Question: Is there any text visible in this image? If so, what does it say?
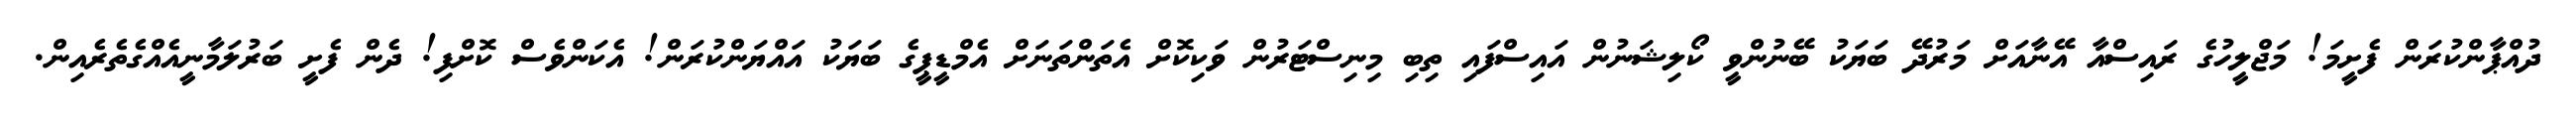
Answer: ދުއްޕާންކުރަން ފެށީމަ! މަޖްލީހުގެ ރައިސްއާ އޭނާއަށް މަރުދޭ ބަޔަކު ބޭނުންވީ ކޯލިޝަނުން އައިސްފައި ތިބި މިނިސްޓަރުން ވަކިކޮށް އެތަންތަނަށް އެމްޑީޕީގެ ބަޔަކު އައްޔަންކުރަން! އެކަންވެސް ކޮށްފި! ދެން ފެށީ ބަރުލަމާނީއެއްގެތެރެއިން.